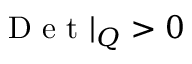
\mathrm { ~ D ~ e ~ t ~ } | _ { Q } > 0